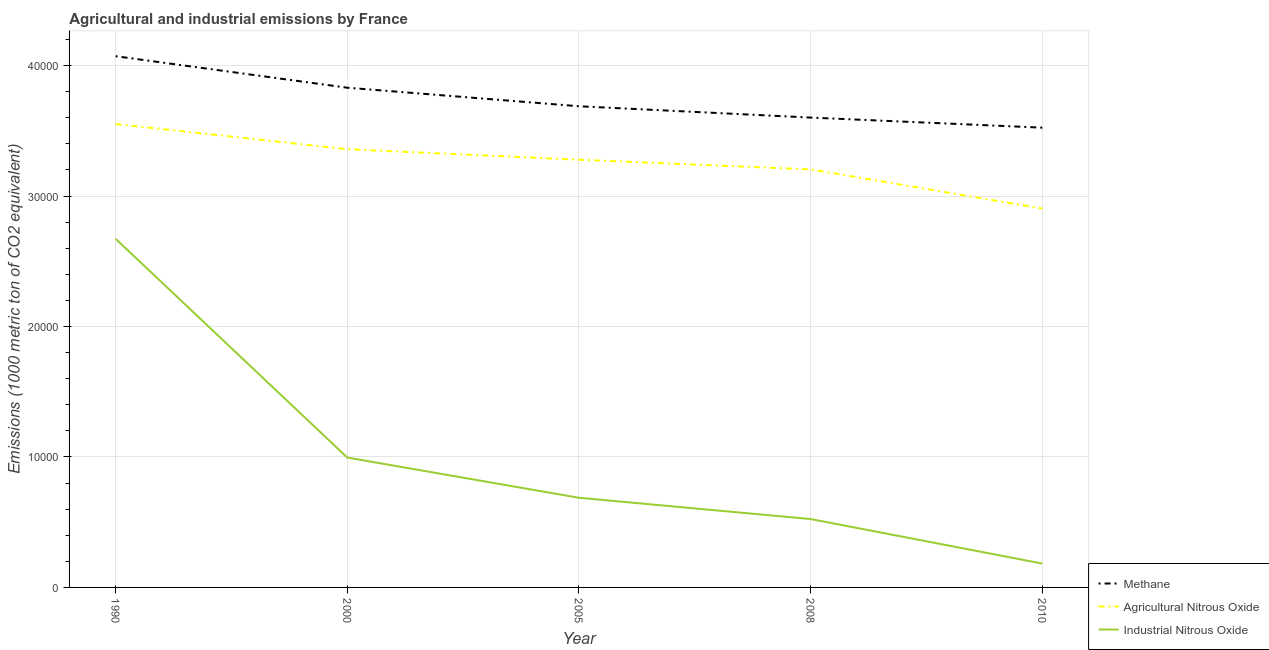
| Year | Methane | Agricultural Nitrous Oxide | Industrial Nitrous Oxide |
 | --- | --- | --- | --- |
 | 1990 | 4.07e+04 | 3.55e+04 | 2.67e+04 |
 | 2000 | 3.83e+04 | 3.36e+04 | 9.95e+03 |
 | 2005 | 3.69e+04 | 3.28e+04 | 6.87e+03 |
 | 2008 | 3.6e+04 | 3.2e+04 | 5.24e+03 |
 | 2010 | 3.52e+04 | 2.9e+04 | 1.83e+03 |